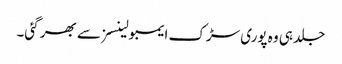
جلد ہی وہ پوری سڑک ایمبولینسز سے بھر گئی۔